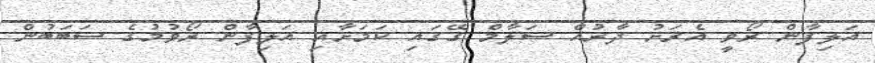
އަލިފާން ރޯވީ އެރަށު ދާރުއް ސަލާމް ގޭގައި ކަމަށާއި އަލިފާން ރޯވުމުގެ ސަބަބުން